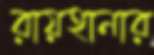
রায়হানার